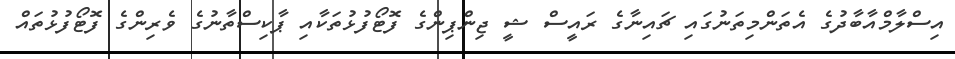
އިސްލާމްއާބާދުގެ އެތަންމިތަނުގައި ޗައިނާގެ ރައީސް ޝީ ޖިންޕިންގެ ފޮޓޯފުޅުތަކާއި ޕާކިސްތާނުގެ ވެރިންގެ ފޮޓޯފުޅުތައް